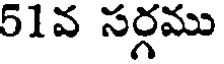
51వ సర్గము